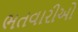
ભતવારીઓ